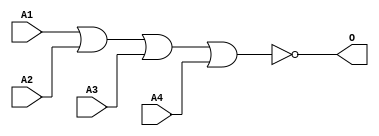
module JNOR4B1(A1, A2, A3, A4, O);
input   A1;
input   A2;
input   A3;
input   A4;
output  O;
nor g0(O, A1, A2, A3, A4);
endmodule